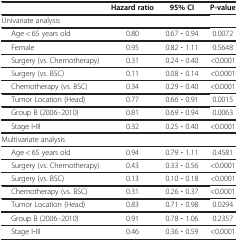
<table><thead><tr><td><b> </b></td><td><b>Hazard ratio</b></td><td><b>95% CI</b></td><td><b>P-value</b></td></tr></thead><tbody><tr><td>Univariate analysis</td><td> </td><td> </td><td> </td></tr><tr><td>Age &lt; 65 years old</td><td>0.80</td><td>0.67 ‒ 0.94</td><td>0.0072</td></tr><tr><td>Female</td><td>0.95</td><td>0.82 ‒ 1.11</td><td>0.5648</td></tr><tr><td>Surgery (vs. Chemotherapy)</td><td>0.31</td><td>0.24 ‒ 0.40</td><td>&lt;0.0001</td></tr><tr><td>Surgery (vs. BSC)</td><td>0.11</td><td>0.08 ‒ 0.14</td><td>&lt;0.0001</td></tr><tr><td>Chemotherapy (vs. BSC)</td><td>0.34</td><td>0.29 ‒ 0.40</td><td>&lt;0.0001</td></tr><tr><td>Tumor Location (Head)</td><td>0.77</td><td>0.66 ‒ 0.91</td><td>0.0015</td></tr><tr><td>Group B (2006–2010)</td><td>0.81</td><td>0.69 ‒ 0.94</td><td>0.0063</td></tr><tr><td>Stage I‒III</td><td>0.32</td><td>0.25 ‒ 0.40</td><td>&lt;0.0001</td></tr><tr><td>Multivariate analysis</td><td> </td><td> </td><td> </td></tr><tr><td>Age &lt; 65 years old</td><td>0.94</td><td>0.79 ‒ 1.11</td><td>0.4581</td></tr><tr><td>Surgery (vs. Chemotherapy)</td><td>0.43</td><td>0.33 ‒ 0.56</td><td>&lt;0.0001</td></tr><tr><td>Surgery (vs. BSC)</td><td>0.13</td><td>0.10 ‒ 0.18</td><td>&lt;0.0001</td></tr><tr><td>Chemotherapy (vs. BSC)</td><td>0.31</td><td>0.26 ‒ 0.37</td><td>&lt;0.0001</td></tr><tr><td>Tumor Location (Head)</td><td>0.83</td><td>0.71 ‒ 0.98</td><td>0.0294</td></tr><tr><td>Group B (2006–2010)</td><td>0.91</td><td>0.78 ‒ 1.06</td><td>0.2357</td></tr><tr><td>Stage I‒III</td><td>0.46</td><td>0.36 ‒ 0.59</td><td>&lt;0.0001</td></tr></tbody></table>